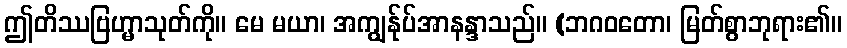
ဤတိဿဗြဟ္မာသုတ်ကို။ မေ မယာ၊ အကျွန်ုပ်အာနန္ဒာသည်။ (ဘဂဝတော၊ မြတ်စွာဘုရား၏။